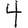
Digit: 4